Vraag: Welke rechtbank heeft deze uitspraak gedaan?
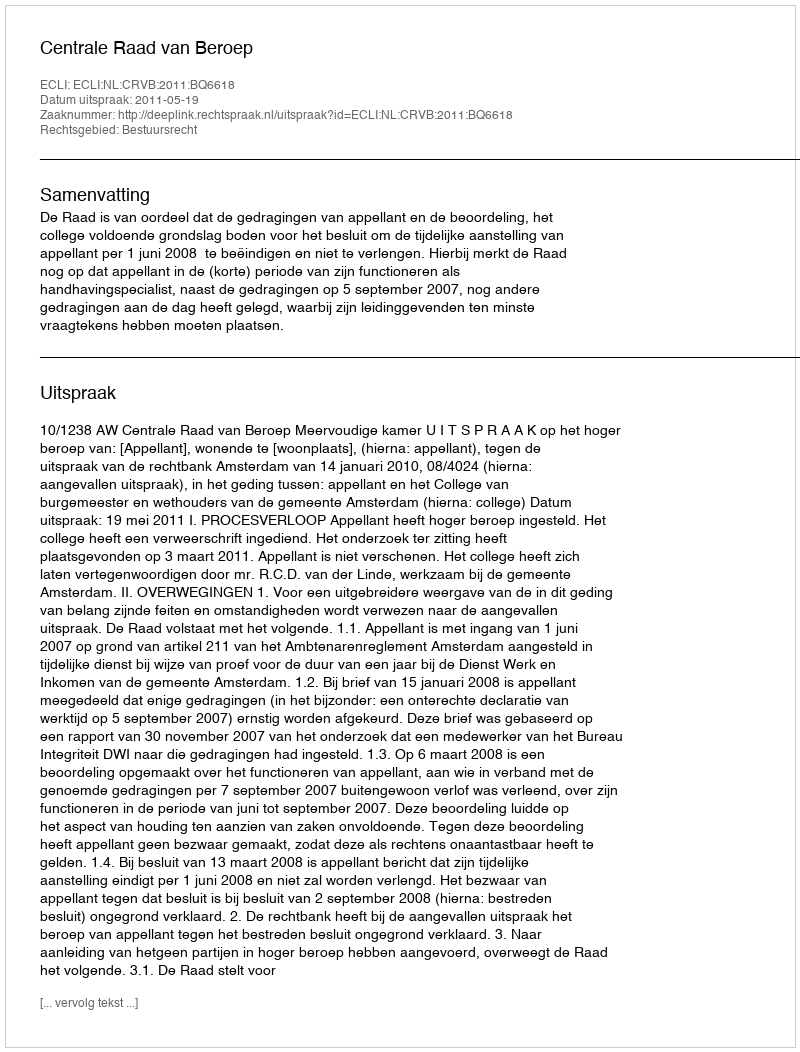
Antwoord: Centrale Raad van Beroep